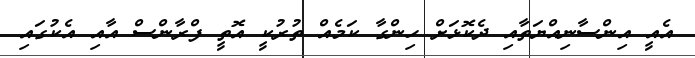
އެއީ އިންސާނިއްޔަތާއި ދެކޮޅަށް ހިންގާ ކަމެއް ތުރުކީ އޮތީ ފްރާންސް އާއި އެކުގައި